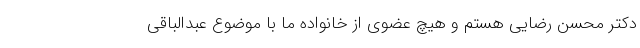
دکتر محسن رضایی هستم و هیچ عضوی از خانواده ما با موضوع عبدالباقی